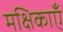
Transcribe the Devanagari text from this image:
मक्षिकाएँ